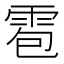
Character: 雹